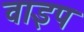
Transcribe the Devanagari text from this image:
वाइप